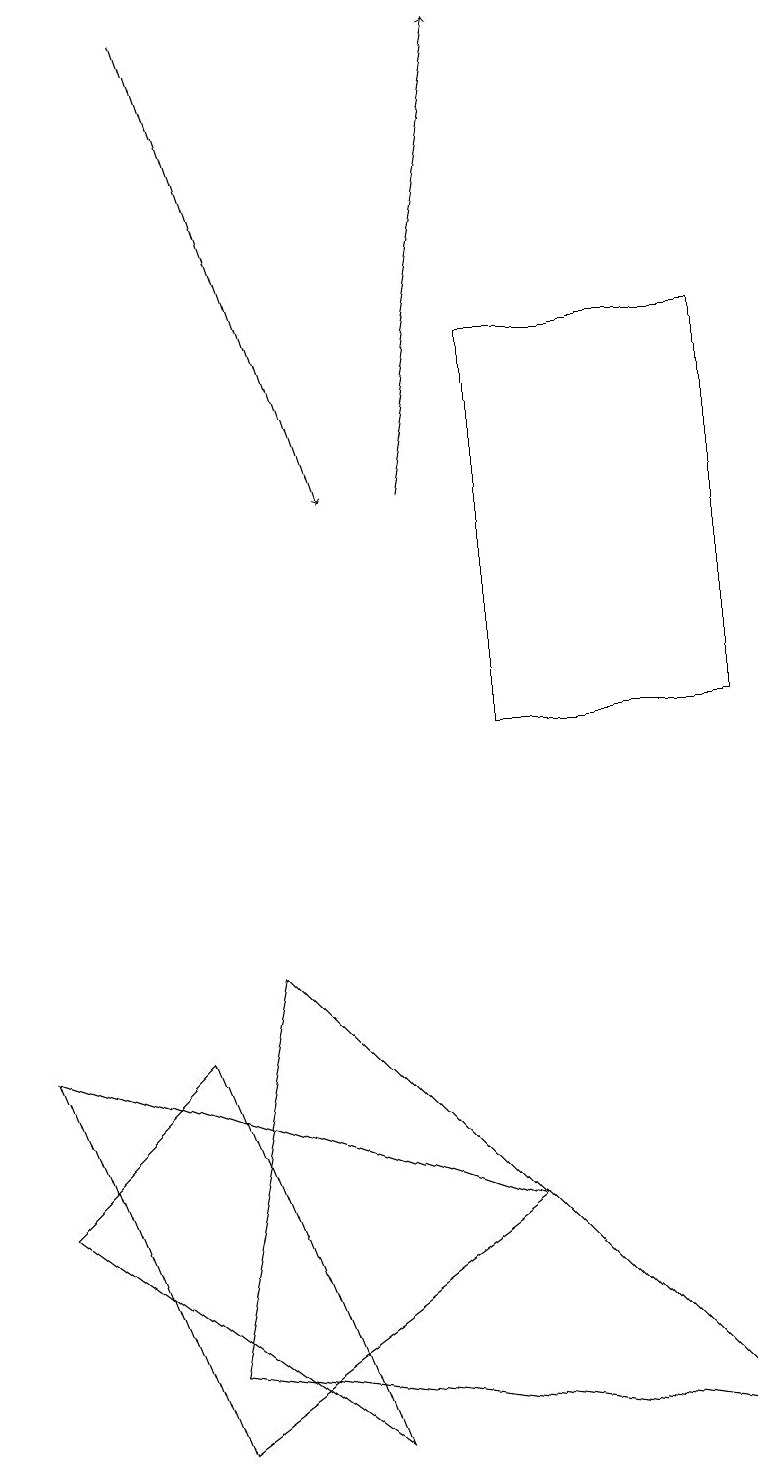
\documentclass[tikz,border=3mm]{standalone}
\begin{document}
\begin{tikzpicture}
\draw[->] (2,19) -- (4,13);
\draw (3,7) -- (9,1) -- (2,2) -- cycle;
\draw[->] (5,13) -- (6,19);
\draw (0,6) -- (6,4) -- (2,1) -- cycle;
\draw (6,15) rectangle (9,10);
\draw (0,4) -- (2,6) -- (4,1) -- cycle;
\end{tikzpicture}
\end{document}